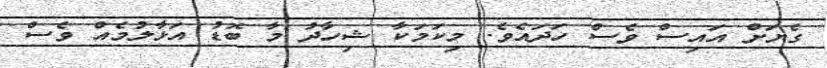
ގެޔަށް އައިސް ވެސް ހަދައެވެ. މިކަމަކާ ޝިހާދު މާ ބޮޑު އަޅާލުމެއް ވެސް